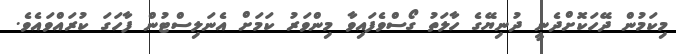
މިކަމުން ދޭހަކޮށްދެނީ ދުނިޔޭގެ ހާލަތު ގޯސްވެފައިވާ މިންވަރު ކަމަށް އެނަލިސްޓުން ފާހަގަ ކުރައްވައެވެ.